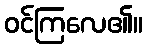
ဝင်ကြလေ၏။